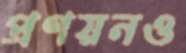
প্রণয়নও